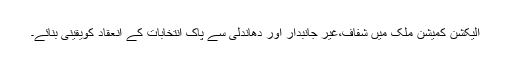
الیکشن کمیشن ملک میں شفاف،غیر جانبدار اور دھاندلی سے پاک انتخابات کے انعقاد کویقینی بنائے۔